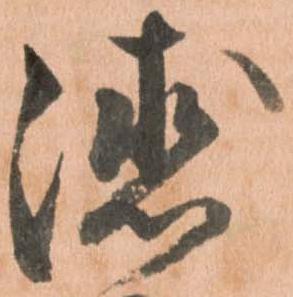
徳